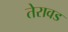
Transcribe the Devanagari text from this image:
तेरावड